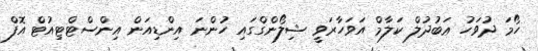
ހޯމަ ދުވަހު ޢަބުދުލް ކަލާމް އަވަހާރަވީ ޝިލޯންގްގައި ހުންނަ އިންޑިއަން އިންސްޓްޓިއުޓް އޮފް